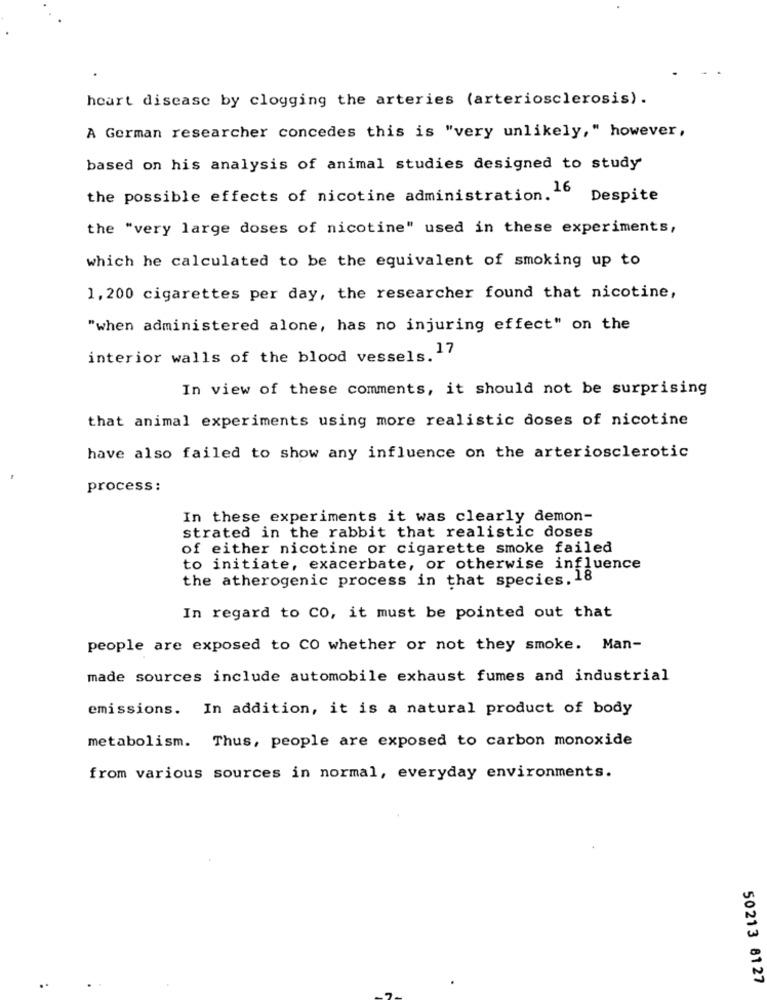
heart disease by clogging the arteries (arteriosclerosis).
A German researcher concedes this is "very unlikely," however,
based on his analysis of animal studies designed to study
the possible effects of nicotine administration. 16
Despite
the "very large doses of nicotine" used in these experiments,
which he calculated to be the equivalent of smoking up to
1, 200 cigarettes per day, the researcher found that nicotine,
"when administered alone, has no injuring effect" on the
interior walls of the blood vessels. 17
In view of these comments, it should not be surprising
that animal experiments using more realistic doses of nicotine
have also failed to show any influence on the arteriosclerotic
process:
In these experiments it was clearly demon-
strated in the rabbit that realistic doses
of either nicotine or cigarette smoke failed
to initiate, exacerbate, or otherwise influence
the atherogenic process in that species. 18
In regard to CO, it must be pointed out that
people are exposed to CO whether or not they smoke. Man-
made sources include automobile exhaust fumes and industrial
emissions. In addition, it is a natural product of body
metabolism. Thus, people are exposed to carbon monoxide
from various sources in normal, everyday environments.
50213 8127